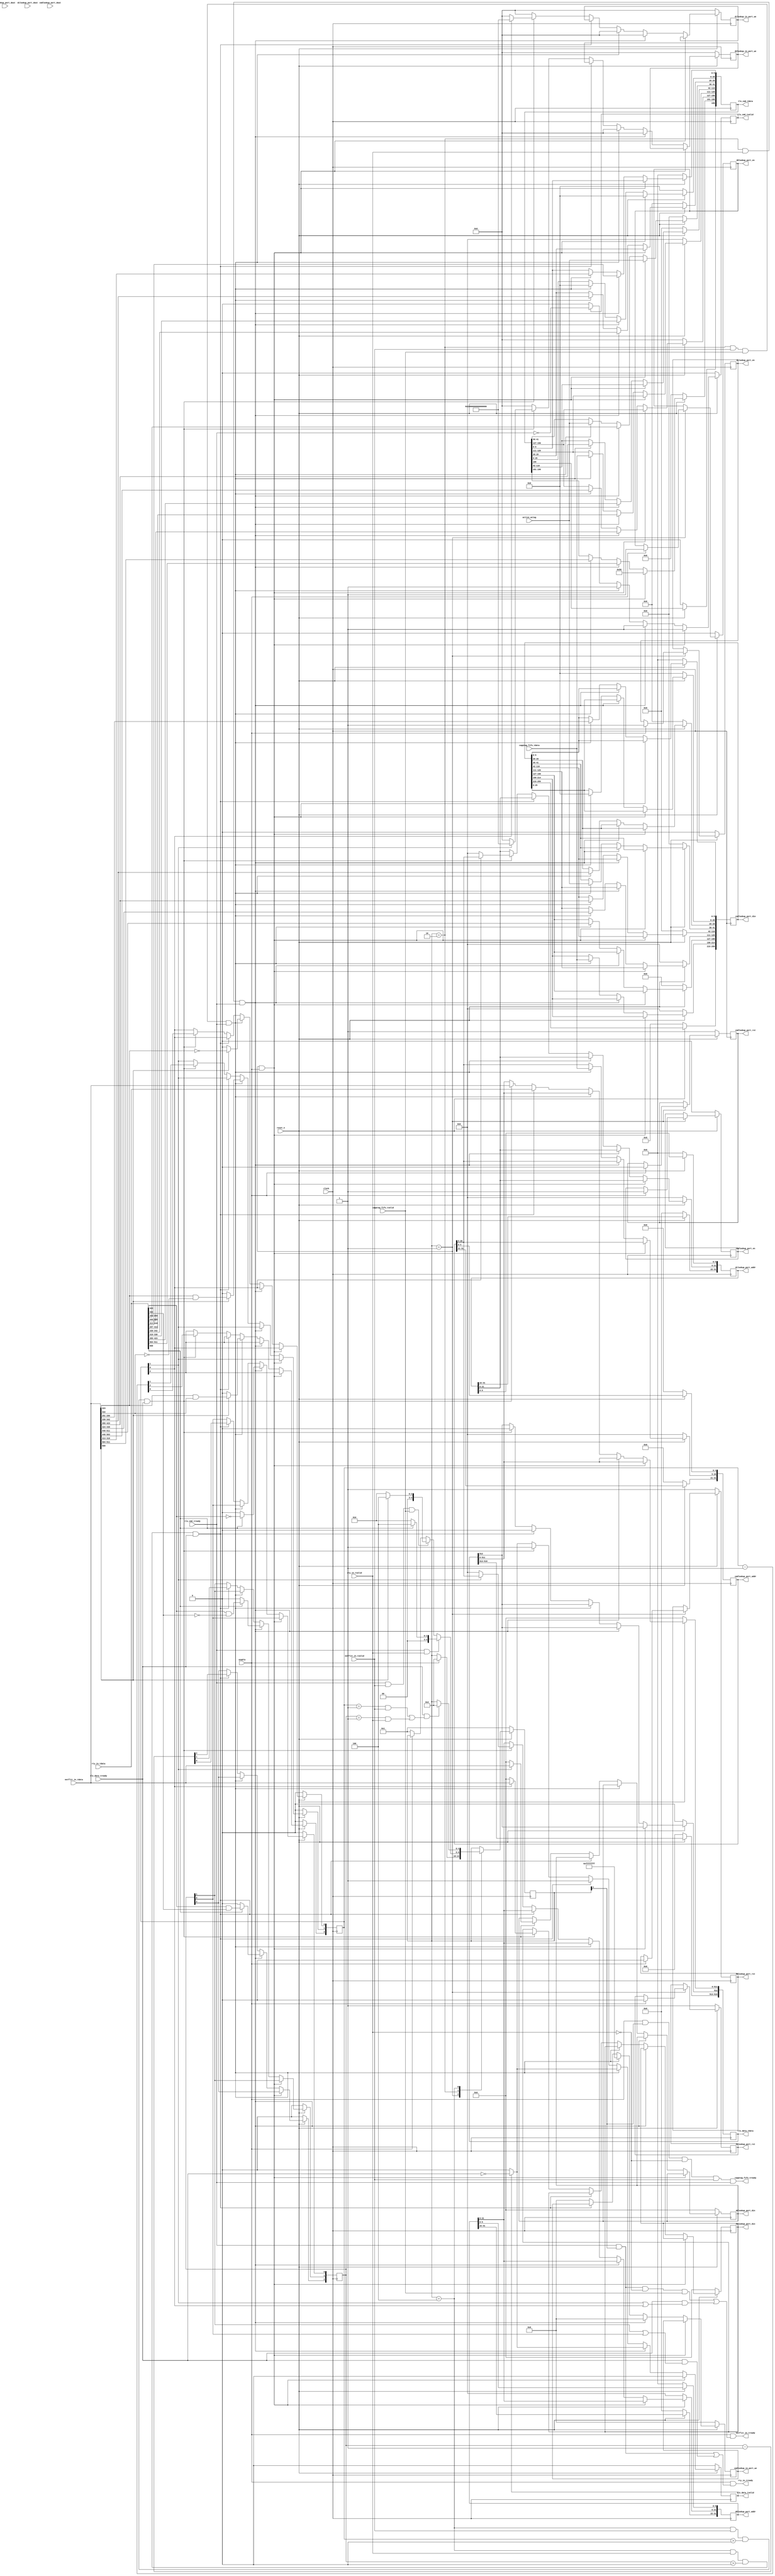
// *!***************************************************************************
// *! Copyright 2019 International Business Machines
// *!
// *! Licensed under the Apache License, Version 2.0 (the "License");
// *! you may not use this file except in compliance with the License.
// *! You may obtain a copy of the License at
// *! http://www.apache.org/licenses/LICENSE-2.0 
// *!
// *! The patent license granted to you in Section 3 of the License, as applied
// *! to the "Work," hereby includes implementations of the Work in physical form.  
// *!
// *! Unless required by applicable law or agreed to in writing, the reference design
// *! distributed under the License is distributed on an "AS IS" BASIS,
// *! WITHOUT WARRANTIES OR CONDITIONS OF ANY KIND, either express or implied.
// *! See the License for the specific language governing permissions and
// *! limitations under the License.
// *! 
// *! The background Specification upon which this is based is managed by and available from
// *! the OpenCAPI Consortium.  More information can be found at https://opencapi.org. 
// *!***************************************************************************
// Module designer: Dimitris Syrivelis
// Backup: Christian Pinto, Michele Gazzetti

`timescale 1ns / 10ps


// ******************************************************************************************************************************
// File Name          :  thymesisflow_64B_2x32B_bonding_ingress
// Project            :  ThymesisFlow disagreggated memory
//                       Module implements the memory ingress tasks: 
//                       stores mastered commands, re-masters retried commands and demultiplexes cmd and data flits.
// ==============================================================================================================================
// @@@  Module Declaration
// ==============================================================================================================================

module thymesisflow_memory_ingress (


          input                            clock
        , input                            reset_n
        , input  [11:0]                    active_actag


        , input [15:0]                    capptag_fifo_tdata
        , output                          capptag_fifo_tready
        , input                           capptag_fifo_tvalid


        , output [31:0]                   cmdlookup_port_addr
        , output [255:0]                  cmdlookup_port_din
        , input  [255:0]                  cmdlookup_port_dout
        , output                          cmdlookup_port_en
        , output                          cmdlookup_port_rst
        , output [31:0]                   cmdlookup_in_port_we

        , output [31:0]                   d0lookup_port_addr
        , output [511:0]                  d0lookup_port_din
        , input  [511:0]                  d0lookup_port_dout
        , output                          d0lookup_port_en
        , output                          d0lookup_port_rst
        , output [63:0]                   d0lookup_in_port_we

        , output [31:0]                   d1lookup_port_addr
        , output [511:0]                  d1lookup_port_din
        , input  [511:0]                  d1lookup_port_dout
        , output                          d1lookup_port_en
        , output                          d1lookup_port_rst
        , output [63:0]                   d1lookup_in_port_we

        
        , input  [511:0]                  netflit_in_tdata
        
        , input                           netflit_in_tvalid
        , output                          netflit_in_tready 

        , input  [511:0]                  rty_in_tdata
        , input                           rty_in_tvalid
        , output                          rty_in_tready 

        , input                           enable

        , output [199:0]                  tlx_cmd_tdata
        , output                          tlx_cmd_tvalid
        , input                           tlx_cmd_tready 

        , output [519:0]                  tlx_data_tdata
        , output                          tlx_data_tvalid
        , input                           tlx_data_tready

);



//defines for text replacement
`define OCX_FLIT_CMD_DL             423:422
`define OCX_FLIT_RESP_DL            483:482 
`define OCX_FLIT_AFUTAG             439:424
`define OCX_FLIT_LOCAL_AFUTAG       312:297 
`define TLX_CMD_OP_RANGE            198:191
`define TLX_CMD_ACTAG                41:30
`define TLX_CMD_PASID                25:6
`define TLX_CMD_STREAM_ID            29:26
`define TLX_CMD_LOCAL_CAPPTAG       126:111
`define TLX_CMD_STORE_LOCAL_CAPPTAG 214:199
`define TLX_CMD_STORE_ORIG_CAPPTAG  126:111
`define TLX_CMD_STORE_NET_ID          5:0
`define OCX_FLIT_NET_ID             296:291


//defines for True Port BRAM interfaces. Since TP BRAM
//is byte addressable 255 cmd flits and 512 data flit 
//address ranges should take into account respective
//alignment.
`define ADDR_RANGE_CMD_BRAM          20:5
`define ADDR_RANGE_DATA_BRAM         21:6

//Parameters

parameter ACTAG_CMD_OP = 8'h50; 

//Registers 

reg [199:0]   tlx_cmd_q;
reg           tlx_cmd_valid_q; 

reg [519:0]   tlx_data_tdata_q;
reg           tlx_data_valid_q;

reg [31:0]    cmdlookup_port_addr_q;
reg [255:0]   cmdlookup_port_din_q;
reg           cmdlookup_port_en_q;
reg           cmdlookup_port_rst_q;
reg [31:0]    cmdlookup_in_port_we_q;

reg [31:0]    d0lookup_port_addr_q;
reg [511:0]   d0lookup_port_din_q;
reg           d0lookup_port_en_q;
reg           d0lookup_port_rst_q;
reg [63:0]    d0lookup_in_port_we_q;

reg [31:0]    d1lookup_port_addr_q;
reg [511:0]   d1lookup_port_din_q;
reg           d1lookup_port_en_q;
reg           d1lookup_port_rst_q;
reg [63:0]    d1lookup_in_port_we_q;

reg [2:0]     dflit_size_rty;
reg [2:0]     dflit_size; 


//Fixed assignments
assign tlx_cmd_tdata  = tlx_cmd_q;     //  | tlx_cmd_actag ; 
assign tlx_cmd_tvalid  = tlx_cmd_valid_q; //| tlx_cmd_actag_valid;

assign tlx_data_tdata  = tlx_data_tdata_q;
assign tlx_data_tvalid = tlx_data_valid_q;

assign cmdlookup_port_addr  =  cmdlookup_port_addr_q;
assign cmdlookup_port_din   =  cmdlookup_port_din_q;
assign cmdlookup_port_en    =  cmdlookup_port_en_q;
assign cmdlookup_port_rst   =  cmdlookup_port_rst_q;
assign cmdlookup_in_port_we =  cmdlookup_in_port_we_q;

assign  d0lookup_port_addr  =  d0lookup_port_addr_q;
assign  d0lookup_port_din   =  d0lookup_port_din_q;
assign  d0lookup_port_en    =  d0lookup_port_en_q;
assign  d0lookup_port_rst   =  d0lookup_port_rst_q;
assign  d0lookup_in_port_we =  d0lookup_in_port_we_q;

assign  d1lookup_port_addr  =  d1lookup_port_addr_q;
assign  d1lookup_port_din   =  d1lookup_port_din_q;
assign  d1lookup_port_en    =  d1lookup_port_en_q;
assign  d1lookup_port_rst   =  d1lookup_port_rst_q;
assign  d1lookup_in_port_we =  d1lookup_in_port_we_q;

//Determining between Read and Write family of commands
//Please note this module is coded to receive only those
//types and not anything else
wire   is_writecmd;
assign is_writecmd = netflit_in_tdata[509];

wire   is_writecmd_rty;
assign is_writecmd_rty = rty_in_tdata[509];

`ifdef MARK_DEBUG (* mark_debug = "TRUE" *) `endif

wire [1:0] cmd_dl;
assign cmd_dl  =   netflit_in_tdata[`OCX_FLIT_CMD_DL]; //according to the mapping

wire [1:0] cmd_dl_rty;
assign cmd_dl_rty  =  rty_in_tdata[`OCX_FLIT_CMD_DL]; //according to the mapping


//main state machine registers and command
reg [4:0] smstate;
parameter INIT         = 5'b00001;
parameter RECEIVE_CMD  = 5'b00010;
parameter RECEIVE_DATA = 5'b00100;


//CAPPTAG input accepts data  when enabled and can accept data from network.
assign capptag_fifo_tready = enable & smstate[1] & ~rty_in_tvalid & netflit_in_tvalid & tlx_cmd_tready;

//RTY input accepts data when enabled and it is either ready to accept command or ready accept data.
assign rty_in_tready     =  enable & (
                                        (tlx_cmd_tready & smstate[1])  | 
                                        (tlx_data_tready & (dflit_size_rty[1] | dflit_size_rty[0]))
                                     );

//NET input accepts data when enabled, ready to receive and no rty cmd is awaiting OR ready to accept data
assign netflit_in_tready =  enable & (
                                       (tlx_cmd_tready & smstate[1] & ~rty_in_tvalid & capptag_fifo_tvalid) | 
                                       (tlx_data_tready & (dflit_size[1] | dflit_size[0]))
                                     );


//Main State machine handling
always @(posedge(clock)) 
begin
  if ((reset_n == 1'b0)) 
        begin
      //initialize everything 
          tlx_cmd_q               <= 200'b0;
          tlx_cmd_valid_q         <= 1'b0;
          tlx_data_tdata_q        <= 520'b0;
          tlx_data_valid_q        <= 1'b0;
          dflit_size_rty          <= 3'b0;
          dflit_size              <= 3'b0; 
          cmdlookup_port_addr_q   <= 32'b0;
          cmdlookup_port_din_q    <= 256'b0;
          cmdlookup_in_port_we_q  <= 32'b0; 
          d0lookup_port_addr_q    <= 32'b0; 
          d0lookup_port_din_q     <= 512'b0;
          d0lookup_in_port_we_q   <= 64'h0;
          d1lookup_port_addr_q    <= 32'b0; 
          d1lookup_port_din_q     <= 512'b0;
          d1lookup_in_port_we_q   <= 64'h0;
        end
  else if ((smstate == INIT) && (enable == 1'b1))
        begin
          tlx_cmd_q[`TLX_CMD_OP_RANGE]   <= ACTAG_CMD_OP; //8
          tlx_cmd_q[`TLX_CMD_ACTAG]      <= active_actag; 
          tlx_cmd_q[`TLX_CMD_PASID]      <= 20'h0; // should be configurable for more contexts
          tlx_cmd_valid_q                <= 1'b1;
          tlx_data_valid_q               <= 1'b0;
        end
  else if ( (smstate        == RECEIVE_CMD) && //Receive cmd state 
            (rty_in_tvalid  == 1'b1) &&  //Rty cmd in the queue (no capptag required)
            (tlx_cmd_tready == 1'b1)   //tlx_cmd register empties now
          )
        begin
          tlx_cmd_q[198:127]                 <= rty_in_tdata[511:440]; //OPcode + EA
          tlx_cmd_q[`TLX_CMD_LOCAL_CAPPTAG]  <= rty_in_tdata[`OCX_FLIT_LOCAL_AFUTAG]; //local afutag has to be used here.
          tlx_cmd_q[110:0]                   <= rty_in_tdata[423:313]; //dl+pl+be+actag+streamid+pasid+pgsize
          tlx_cmd_valid_q                    <= 1'b1; 
          tlx_data_valid_q                   <= (tlx_data_valid_q == 1'b1)? ~tlx_data_tready : 1'b0; // check if tlx_data_valid can be de-asserted 
          dflit_size_rty[2]                  <= (is_writecmd_rty == 1'b1) ? cmd_dl_rty[1]  & cmd_dl_rty[0]  : 1'b0;
          dflit_size_rty[1]                  <= (is_writecmd_rty == 1'b1) ? cmd_dl_rty[1]  & ~cmd_dl_rty[0] : 1'b0;
          dflit_size_rty[0]                  <= (is_writecmd_rty == 1'b1) ? ~cmd_dl_rty[1]                  : 1'b0;
          d1lookup_in_port_we_q              <= 64'h0; //disable BRAM write in the next cycle
          d0lookup_in_port_we_q              <= 64'h0; //disable BRAM write in the next cycle
          cmdlookup_in_port_we_q             <= 32'h0; //disable BRAM write in the next cycle
       end
  else if ( (smstate             == RECEIVE_CMD) && //Receive cmd state 
            (netflit_in_tvalid   == 1'b1) &&  //Rty cmd in the queue (no capptag required)
            (capptag_fifo_tvalid == 1'b1) &&  //capptag needs to be present
            (tlx_cmd_tready      == 1'b1)   //tlx_cmd register empties now
          )
        begin
          //send command to output
          tlx_cmd_q[198:127]                                 <= netflit_in_tdata[511:440]; // Opcode + EA (8+64) 
          tlx_cmd_q[`TLX_CMD_LOCAL_CAPPTAG]                  <= capptag_fifo_tdata; //Get a local capptag
          tlx_cmd_q[110:42]                                  <= netflit_in_tdata[423:355]; //DL+PL+be
          tlx_cmd_q[`TLX_CMD_ACTAG]                          <= active_actag; //Active actag
          tlx_cmd_q[`TLX_CMD_STREAM_ID]                      <= netflit_in_tdata[342:339];//streamid
          tlx_cmd_q[`TLX_CMD_PASID]                          <= 20'h0;
          tlx_cmd_q[5:0]                                     <= netflit_in_tdata[318:313];//pgsize
          tlx_cmd_valid_q                                    <= 1'b1; 
          tlx_data_valid_q                                   <= (tlx_data_valid_q == 1'b1)? ~tlx_data_tready : 1'b0; // check if tlx_data_valid can be de-asserted
          //send a copy to cmd BRAM store              
          cmdlookup_port_addr_q[`ADDR_RANGE_CMD_BRAM]        <= capptag_fifo_tdata; //use local capptag as the address
          cmdlookup_port_din_q[`TLX_CMD_STORE_LOCAL_CAPPTAG] <= capptag_fifo_tdata; //Get a local capptag to store for patching it back.
          cmdlookup_port_din_q[198:127]                      <= netflit_in_tdata[511:440]; // Opcode + EA (8+64) 
          cmdlookup_port_din_q[`TLX_CMD_STORE_ORIG_CAPPTAG]  <= netflit_in_tdata[`OCX_FLIT_AFUTAG];//16 Original AFUTAG
          cmdlookup_port_din_q[110:42]                       <= netflit_in_tdata[423:355]; //DL+PL+be
          cmdlookup_port_din_q[`TLX_CMD_ACTAG]               <= active_actag; //Active actag
          cmdlookup_port_din_q[29:26]                        <= netflit_in_tdata[342:339];//streamid
          cmdlookup_port_din_q[`TLX_CMD_PASID]               <= 20'h0;
          cmdlookup_port_din_q[`TLX_CMD_STORE_NET_ID]        <= netflit_in_tdata[`OCX_FLIT_NET_ID];
          cmdlookup_in_port_we_q                             <= 32'hffff_ffff; //Write out all bytes in next cycle
          d1lookup_in_port_we_q                              <= 64'h0; //disable BRAM write in the next cycle
          d0lookup_in_port_we_q                              <= 64'h0; //disable BRAM write in the next cycle
          dflit_size[2]                                      <= (is_writecmd == 1'b1) ? cmd_dl[1]  & cmd_dl[0]  : 1'b0;
          dflit_size[1]                                      <= (is_writecmd == 1'b1) ? cmd_dl[1]  & ~cmd_dl[0] : 1'b0;
          dflit_size[0]                                      <= (is_writecmd == 1'b1) ? ~cmd_dl[1]              : 1'b0;
        end
  else if ( (smstate          == RECEIVE_DATA) && //Receive cmd state 
            (rty_in_tvalid    == 1'b1) && //Rty will be given priority..
            (dflit_size_rty   > 3'b00) && //...as long as this are follow up data to rty cmd
            (tlx_data_tready  == 1'b1)   //tlx_cmd register empties now
          )
        begin          
          tlx_data_tdata_q[512]     <= 1'b0;  //BDI - should be controlled in the future. 
          tlx_data_tdata_q[511:0]   <= rty_in_tdata; 
          tlx_data_valid_q          <= 1'b1;  
          tlx_cmd_valid_q           <= (tlx_cmd_valid_q  == 1'b1)? ~tlx_cmd_tready  : 1'b0; //check if tlx_cmd_valid can be de-asserted
          dflit_size_rty            <= dflit_size_rty - 3'b001;
        end
  else if ( (smstate              == RECEIVE_DATA) && //Receive cmd state 
            (netflit_in_tvalid    == 1'b1)  && //net cmd data are pulled in
            (dflit_size   > 3'b00) && //...as long as this are follow up data to net cmd
            (tlx_data_tready      == 1'b1)   //tlx_cmd register empties now
          )
        begin
          tlx_data_tdata_q[512]                           <= 1'b0;  //BDI - should be controlled in the future. 
          tlx_data_tdata_q[511:0]                         <= netflit_in_tdata; 
          tlx_data_valid_q                                <= 1'b1;     
          tlx_cmd_valid_q                                 <= (tlx_cmd_valid_q  == 1'b1)? ~tlx_cmd_tready  : 1'b0; //check if tlx_cmd_valid can be de-asserted
          cmdlookup_in_port_we_q                          <= 32'h0; //do not write anything out to cmd BRAM in this cycle.    
          dflit_size                                      <= dflit_size - 3'b001; 
          d0lookup_port_addr_q[`ADDR_RANGE_DATA_BRAM]     <= (dflit_size[1] == 1'b1) ? cmdlookup_port_addr_q[`ADDR_RANGE_CMD_BRAM] : 16'b0; //Holds the local capptag from preceding header - that will be used as address
          d0lookup_port_din_q                             <= (dflit_size[1] == 1'b1) ? netflit_in_tdata : 512'b0; 
          d0lookup_in_port_we_q                           <= (dflit_size[1] == 1'b1) ? 64'hffff_ffff_ffff_ffff : 64'b0;
          d1lookup_port_addr_q[`ADDR_RANGE_DATA_BRAM]     <= (dflit_size[0] == 1'b1) ? cmdlookup_port_addr_q[`ADDR_RANGE_CMD_BRAM] : 16'b0; //Holds the local capptag from preceding header - that will be used as address
          d1lookup_port_din_q                             <= (dflit_size[0] == 1'b1) ? netflit_in_tdata : 512'b0; 
          d1lookup_in_port_we_q                           <= (dflit_size[0] == 1'b1) ? 64'hffff_ffff_ffff_ffff : 64'b0;
        end  
  else //Nothing came in this cycle - clean up states for next cycle 
      begin 
          tlx_cmd_valid_q          <= (tlx_cmd_valid_q  == 1'b1)? ~tlx_cmd_tready  : 1'b0; //check if tlx_cmd_valid can be de-asserted
          tlx_data_valid_q         <= (tlx_data_valid_q == 1'b1)? ~tlx_data_tready : 1'b0; //check if tlx_data_valid can be de-asserted
          d1lookup_in_port_we_q    <= 64'h0; //disable BRAM write in the next cycle
          d0lookup_in_port_we_q    <= 64'h0; //disable BRAM write in the next cycle
          cmdlookup_in_port_we_q   <= 32'h0; //disable BRAM write in the next cycle
      end 
end


//State machine control
always @(posedge(clock)) 
begin
 if (reset_n == 1'b0)
    begin
      smstate <= INIT; 
      //BRAM enable/reset handling
      cmdlookup_port_en_q     <= 1'b0; 
      cmdlookup_port_rst_q    <= 1'b1;          
      d0lookup_port_en_q      <= 1'b0; 
      d0lookup_port_rst_q     <= 1'b1;
      d1lookup_port_en_q      <= 1'b0; 
      d1lookup_port_rst_q     <= 1'b1;                  
    end
 else 
   case(smstate)
     INIT: 
        if (enable == 1'b1)
          begin
              cmdlookup_port_en_q     <= 1'b1; 
              cmdlookup_port_rst_q    <= 1'b0;          
              d0lookup_port_en_q      <= 1'b1; 
              d0lookup_port_rst_q     <= 1'b0;
              d1lookup_port_en_q      <= 1'b1; 
              d1lookup_port_rst_q     <= 1'b0;                   
              smstate                 <= RECEIVE_CMD;
          end
     RECEIVE_CMD: 
        if ((tlx_cmd_tready == 1'b1) && (rty_in_tvalid  == 1'b1))
          begin
             smstate <= (is_writecmd_rty == 1'b1) ? RECEIVE_DATA : RECEIVE_CMD;
          end 
        else if ((tlx_cmd_tready == 1'b1) && (netflit_in_tvalid == 1'b1) && (capptag_fifo_tvalid == 1'b1))
          begin
             smstate <= (is_writecmd == 1'b1) ? RECEIVE_DATA : RECEIVE_CMD;          
          end
        else if (enable == 1'b0) smstate <= INIT;
     RECEIVE_DATA:
        if ( (tlx_data_tready   == 1'b1)  &&
             ( ((dflit_size     == 3'b01) && (netflit_in_tvalid   == 1'b1)) || // cmd_flit transfer in progress and data will be received now
               ((dflit_size_rty == 3'b01) && (rty_in_tvalid == 1'b1))      // OR rty_flit transfer in progress and data will be received now 
             )
           )
           begin
             smstate <= RECEIVE_CMD;
           end 
   endcase 
end   
  
endmodule